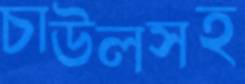
চাউলসহ